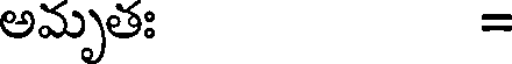
అమృతః =